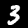
Digit: 3